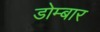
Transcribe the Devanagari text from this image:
डोम्बार